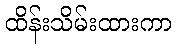
ထိန်းသိမ်းထားကာ